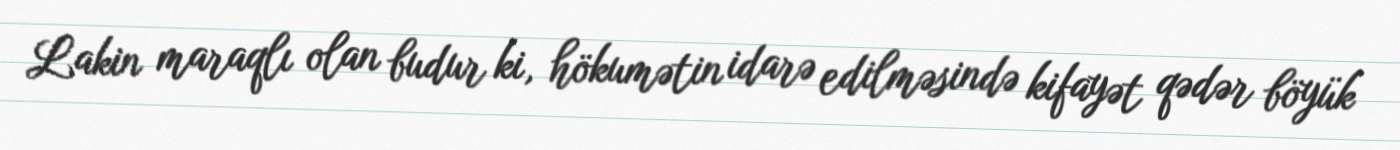
Lakin maraqlı olan budur ki, hökumətin idarə edilməsində kifayət qədər böyük